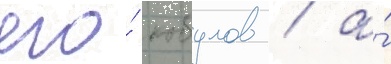
его́ кобулов / а́